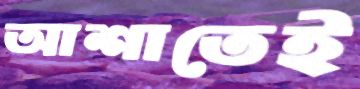
আশাতেই